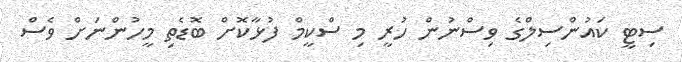
ސިޓީ ކައުންސިލްގެ ވިސްނުން ހުރީ މި ސްކީމް ފުޅާކޮށް ބޮޑެތި މީހުންނަށް ވެސް